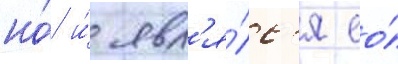
но́ и́ явл'я́лс'я ео́